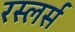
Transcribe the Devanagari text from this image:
रस्लर्स